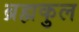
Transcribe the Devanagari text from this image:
ब्रह्मकुल